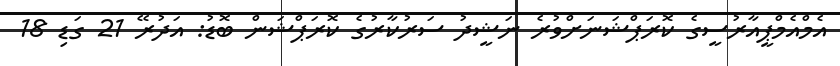
އެމްއެމްޕީއާރުސީގެ ކޮރަޕްޝަނަށްވުރެ ނަޝީދު ސަރުކާރުގެ ކޮރަޕްޝަން ބޮޑު: އަދުރޭ 21 ގަޑި 18